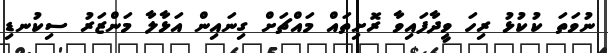
ނުވަތަ ކުކުޅު ރިހަ ވީދާފައިވާ ރޮށިތައް މައްޗަށް ގިނައިން އަޅާލާ މަންޒަރު ސިކުނޑި